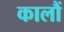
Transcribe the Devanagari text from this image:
कालौं